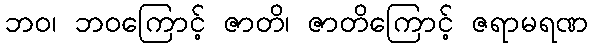
ဘဝ၊ ဘဝကြောင့် ဇာတိ၊ ဇာတိကြောင့် ဇရာမရဏ